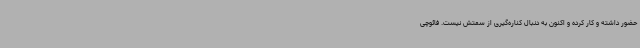
حضور داشته و کار کرده و اکنون به دنبال کناره‌گیری از سمتش نیست. فائوچی